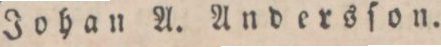
Johan A. Andersſon.